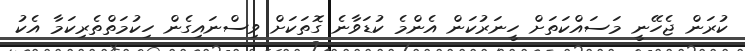
ކުރަން ޖެހޭނީ މަސައްކަތަށް ހީނަރުކަން އެންމެ ކުޑަވާނެ ގޮތަކަށް ވިސްނައިގެން ހިކުމަތްތެރިކަމާ އެކު